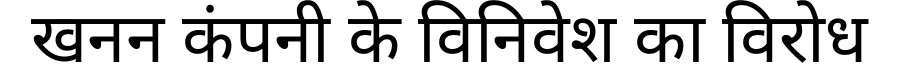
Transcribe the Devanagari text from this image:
खनन कंपनी के विनिवेश का विरोध